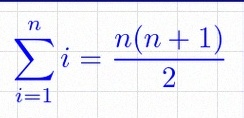
\sum_{i=1}^{n}i=\frac{n(n+1)}2